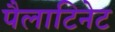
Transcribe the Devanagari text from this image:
पैलाटिनेट